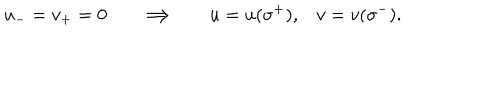
u _ { - } = v _ { + } = 0 \Longrightarrow u = u ( \sigma ^ { + } ) , v = v ( \sigma ^ { - } ) .